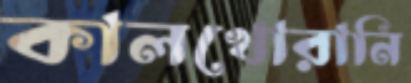
কালখোরানি